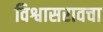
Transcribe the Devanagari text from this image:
विश्वासरावचा